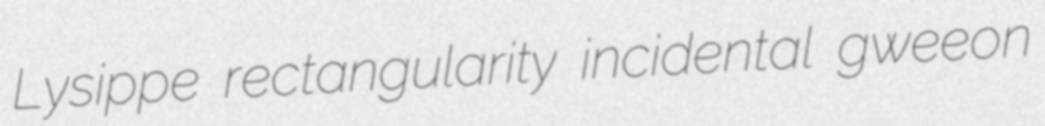
Lysippe rectangularity incidental gweeon